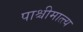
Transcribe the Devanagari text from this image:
पाश्चीमात्त्य